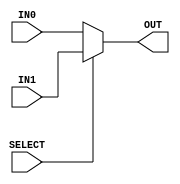
module mux_2x1_32bit(IN0, IN1, OUT, SELECT);

    //declare the ports
    input [31:0] IN0, IN1;
    input SELECT;
    output reg [31:0] OUT;

    //connect the relevent input to the output depending depending on the select
    // TODO: Add delay to mux
    // assign OUT = (SELECT==1'b1) ? IN1 : IN0;
    
    always @ (*) begin
        case (SELECT)
            1'b1: OUT = IN1;
            default: OUT = IN0;
        endcase
    end

endmodule